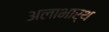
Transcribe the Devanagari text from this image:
अलाभार्थ